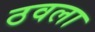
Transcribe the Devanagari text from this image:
ठवला